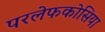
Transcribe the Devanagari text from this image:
परलेफकोसिया